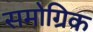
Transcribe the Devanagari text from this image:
समोग्रिक